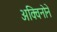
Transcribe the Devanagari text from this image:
अक्विनोने